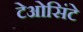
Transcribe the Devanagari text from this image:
टेओसिंटे